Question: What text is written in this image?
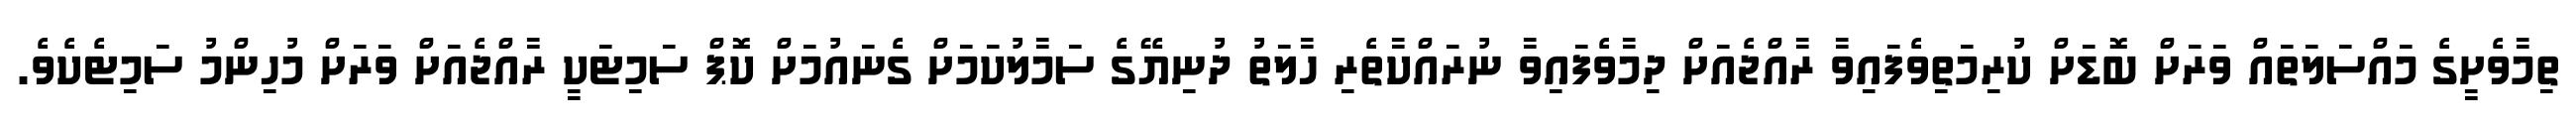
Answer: ތިމާވެށީގެ މައްސަލަތައް ވަރަށް ބޮޑަށް ކުރިމަތިވެފައިވާ ރާއްޖެއަށް ދިމާވެފައިވާ ނުރައްކާތެރި ހާލަތު ދުނިޔޭގެ ސަމާލުކަމަށް ގެނައުމަށް ކޮޕް ސަމިޓަކީ ރާއްޖެއަށް ވަރަށް މުހިންމު ސަމިޓެކެވެ.